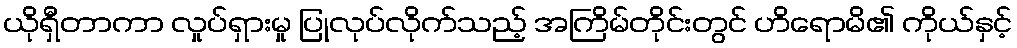
ယိုရှီတာကာ လှုပ်ရှားမှု ပြုလုပ်လိုက်သည့် အကြိမ်တိုင်းတွင် ဟိရောမိ၏ ကိုယ်နှင့်